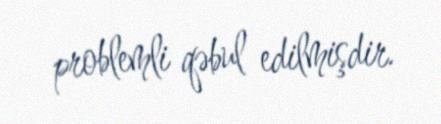
problemli qəbul edilmişdir.